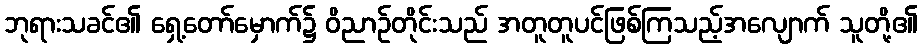
ဘုရားသခင်၏ ရှေ့တော်မှောက်၌ ဝိညာဉ်တိုင်းသည် အတူတူပင်ဖြစ်ကြသည့်အလျောက် သူတို့၏